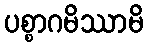
ပစ္စာဂမိဿာမိ